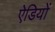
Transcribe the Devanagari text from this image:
ऐडियों